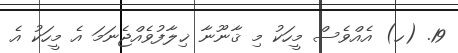
19. (ހ) އެއްވެސް މީހަކު މި ޤާނޫނާ ޚިލާފުވެއްޖެނަމަ އެ މީހަކު އެ